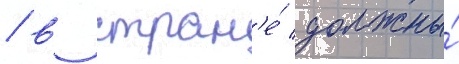
/ в стран'е́ должны́